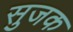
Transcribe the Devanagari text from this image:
सुजक